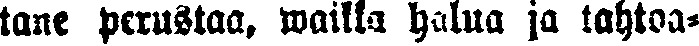
tane perustaa, waikka halua ja tahtoa-